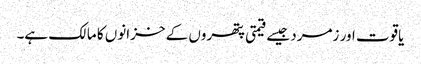
یاقوت اور زمرد جیسے قیمتی پتھروں کے خزانوں کا مالک ہے۔